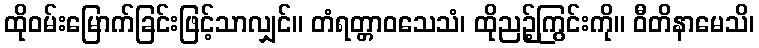
ထိုဝမ်းမြောက်ခြင်းဖြင့်သာလျှင်။ တံရတ္တာဝသေသံ၊ ထိုညဉ့်ကြွင်းကို။ ဝီတိနာမေသိ၊